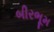
બીરભૂમ